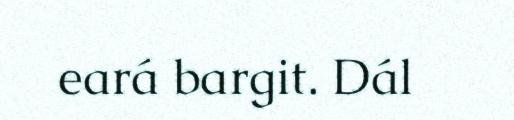
eará bargit. Dál